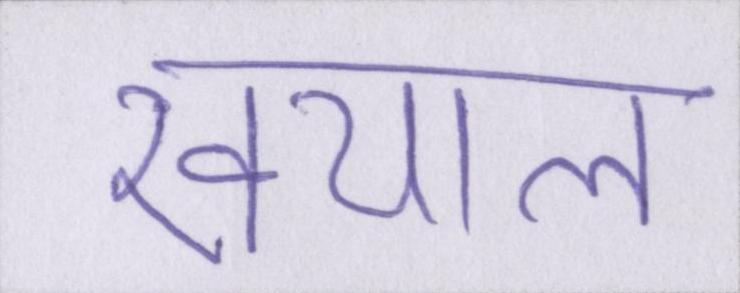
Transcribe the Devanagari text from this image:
खयाल